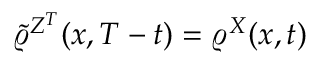
\tilde { \varrho } ^ { Z ^ { T } } ( x , T - t ) = \varrho ^ { X } ( x , t )